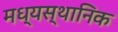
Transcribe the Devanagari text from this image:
मध्यस्थानिक